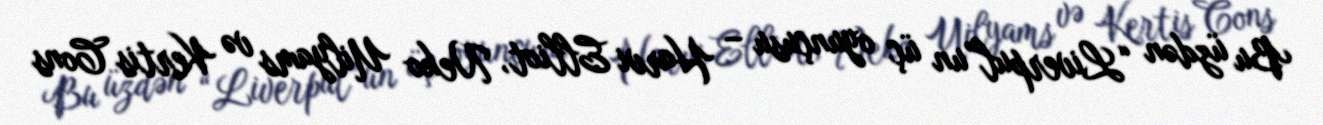
Bu üzdən “Liverpul”un üç oyunçusu – Harvi Elliot, Neko Uilyams və Kertis Cons